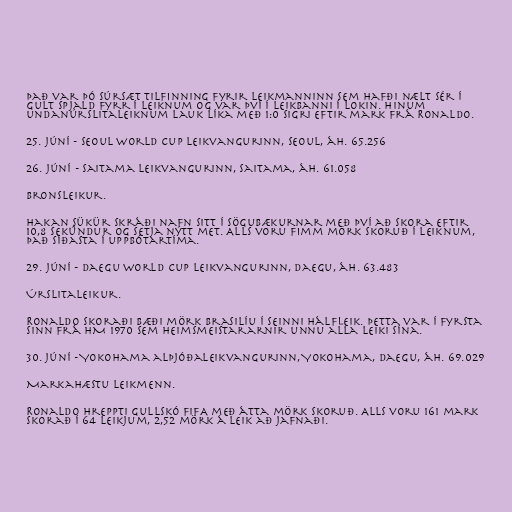
Það var þó súrsæt tilfinning fyrir leikmanninn sem hafði nælt sér í
gult spjald fyrr í leiknum og var því í leikbanni í lokin. Hinum
undanúrslitaleiknum lauk líka með 1:0 sigri eftir mark frá Ronaldo.

25. júní - Seoul World Cup leikvangurinn, Seoul, áh. 65.256

26. júní - Saitama leikvangurinn, Saitama, áh. 61.058

Bronsleikur.

Hakan Şükür skráði nafn sitt í sögubækurnar með því að skora eftir
10,8 sekúndur og setja nýtt met. Alls voru fimm mörk skoruð í leiknum,
það síðasta í uppbótartíma.

29. júní - Daegu World Cup leikvangurinn, Daegu, áh. 63.483

Úrslitaleikur.

Ronaldo skoraði bæði mörk Brasilíu í seinni hálfleik. Þetta var í fyrsta
sinn frá HM 1970 sem heimsmeistararnir unnu alla leiki sína.

30. júní - Yokohama alþjóðaleikvangurinn, Yokohama, Daegu, áh. 69.029

Markahæstu leikmenn.

Ronaldo hreppti gullskó FIFA með átta mörk skoruð. Alls voru 161 mark
skorað í 64 leikjum, 2,52 mörk á leik að jafnaði.